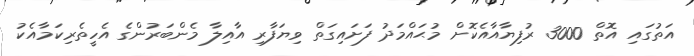
އަތުގައި އޮތް 3000 ރުފިޔާއާއެކޮށް މުޙައްމަދު ފަށައިގަތް ވިޔަފާރި އާއިލާ މެންބަރުންގެ އެހީތެރިކަމާއެކު